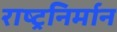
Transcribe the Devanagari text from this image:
राष्ट्रनिर्मान